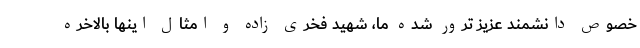
خصوص دانشمند عزیز ترور شده ما، شهید فخری زاده و امثال اینها بالاخره